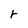
Character: r